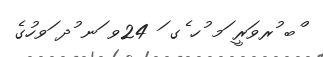
ްބ ުރވަރީ ަމ ުހ ެގ ަ 24ވ ަނ ުދ ަވހުގެ